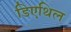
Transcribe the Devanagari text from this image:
डिएथिल